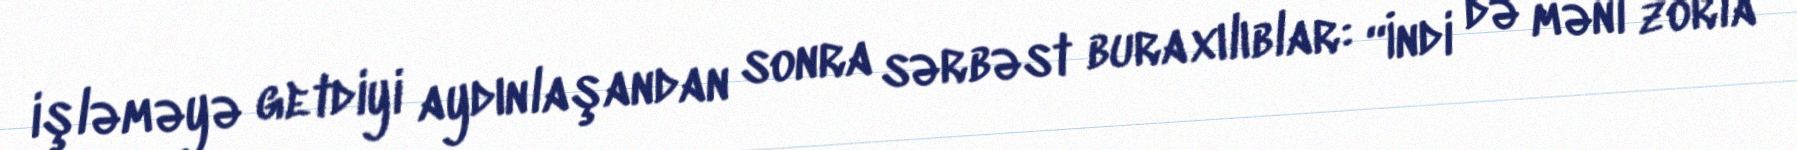
işləməyə getdiyi aydınlaşandan sonra sərbəst buraxılıblar: “İndi də məni zorla